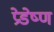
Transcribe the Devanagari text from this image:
प्रेडेष्ण